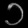
Digit: ၁